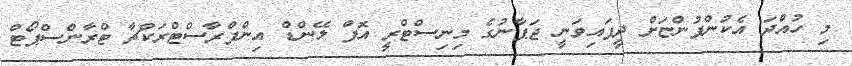
މި ހުއްދަ އެކުންފުންޏަށް ދީފައިވަނީ ޖަޕާނުގެ މިނިސްޓްރީ އޮފް ލޭންޑް އިންފްރާސްޓްރަކްޗާ ޓްރާންސްޕޯޓް